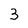
Character: 3